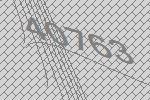
40763